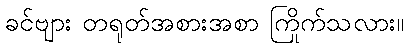
ခင်ဗျား တရုတ်အစားအစာ ကြိုက်သလား။